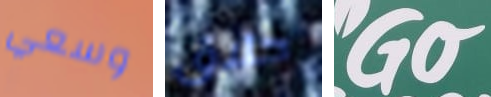
وسعي حلاق Go